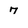
Character: 7